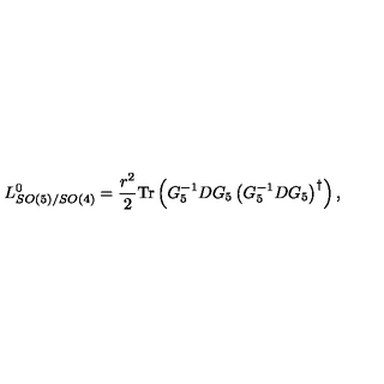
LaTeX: L _ { S O ( 5 ) / S O ( 4 ) } ^ { 0 } = \frac { { r } ^ { 2 } } { 2 } \mathrm { T r } \left( G _ { 5 } ^ { - 1 } D G _ { 5 } \left( G _ { 5 } ^ { - 1 } D G _ { 5 } \right) ^ { \dag } \right) ,